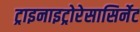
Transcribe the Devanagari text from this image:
ट्राइनाइट्रोरेसासिर्नेट